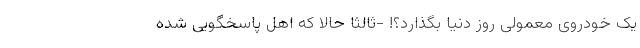
یک خودروی معمولی روز دنیا بگذارد؟! -ثالثاً حالا که اهل پاسخگویی شده